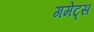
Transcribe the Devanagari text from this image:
गमेट्स